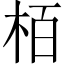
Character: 栢